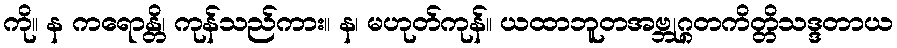
ကို။ န ကရောန္တိ၊ ကုန်သည်ကား။ န၊ မဟုတ်ကုန်။ ယထာဘူတအဗ္ဘုဂ္ဂတကိတ္တိသဒ္ဒတာယ